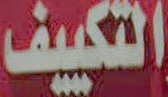
التكييف